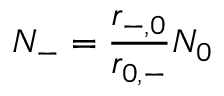
N _ { - } = \frac { r _ { - , 0 } } { r _ { 0 , - } } N _ { 0 }